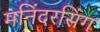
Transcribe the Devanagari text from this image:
मनिंदरसिंग